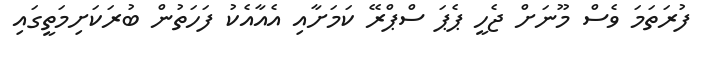
ފުރަތަމަ ވެސް މޫނަށް ޖެހީ ޕެޕަ ސްޕްރޭ ކަމަށާއި އެއާއެކު ފަހަތުން ބުރަކަށިމަތީގައި